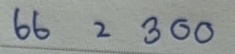
66 = 300